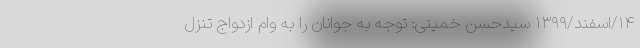
۱۴/اسفند/۱۳۹۹ سیدحسن خمینی: توجه به جوانان را به وام ازدواج تنزل